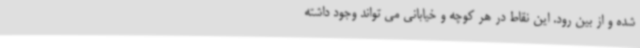
شده و از بین رود. این نقاط در هر کوچه و خیابانی می تواند وجود داشته